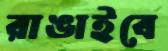
রাঙাইবে